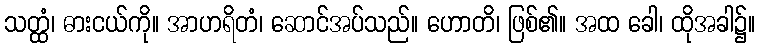
သတ္ထံ၊ ဓားငယ်ကို။ အာဟရိတံ၊ ဆောင်အပ်သည်။ ဟောတိ၊ ဖြစ်၏။ အထ ခေါ၊ ထိုအခါ၌။